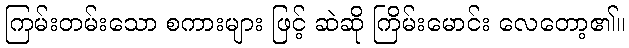
ကြမ်းတမ်းသော စကားများ ဖြင့် ဆဲဆို ကြိမ်းမောင်း လေတော့၏။